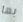
بها